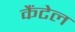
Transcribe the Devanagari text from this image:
कैंटेल